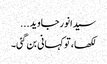
سیدانورجاوید...
لکھا، تو کہانی بن گئی۔